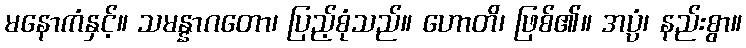
မနောကံနှင့်။ သမန္နာဂတော၊ ပြည့်စုံသည်။ ဟောတိ၊ ဖြစ်၏။ အပ္ပံ၊ နည်းစွာ။